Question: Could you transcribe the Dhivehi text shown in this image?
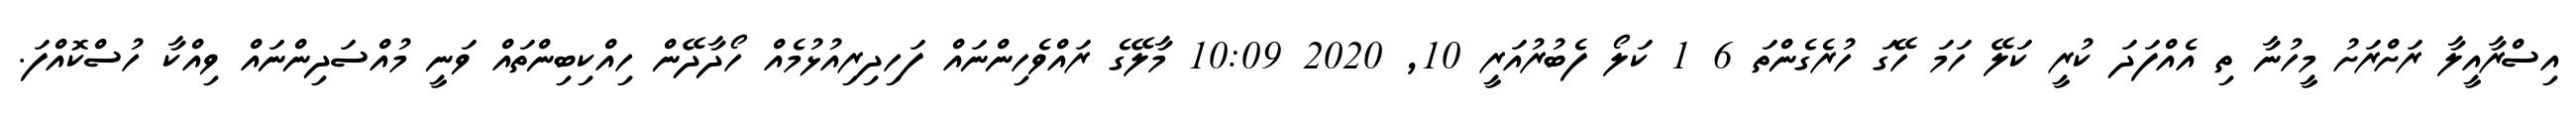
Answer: އިސްރާއީލާ ރަށްރަށު މީހުނާ ތި އެއްފަދަ ކުރީ ކަލޭ ހަމަ ހޭގަ ހުރެގެންތަ 6 1 ކަލޯ ފެބުރުއަރީ 10, 2020 10:09 މާލޭގެ ރައްވެހިންނައް ފަހިދިރިއުޅުމެއް ހޯދާދޭން ހިއްކިބިންތައް ވަނީ މުއްސަދިންނައް ވިއްކާ ހުސްކޮއްފަ.